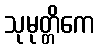
သုမုတ္တိကေ